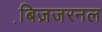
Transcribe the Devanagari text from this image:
बि़ज़जरनल